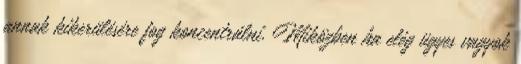
annak kikerülésére fog koncentrálni. Miközben ha elég ügyes vagyok